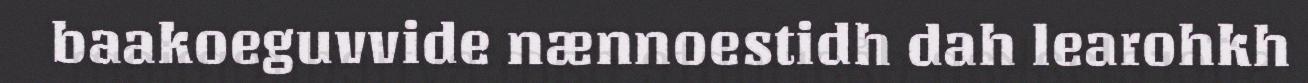
baakoeguvvide nænnoestidh dah learohkh